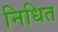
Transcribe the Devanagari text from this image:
निधित